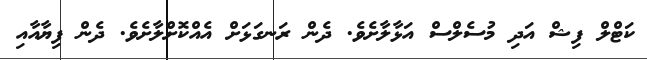
ކަޓްލް ފިޝް އަދި މުސެލްސް އަޅާލާށެވެ. ދެން ރަނގަޅަށް އެއްކޮށްލާށެވެ. ދެން ފިޔާއާއި